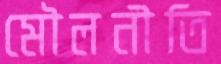
মৌলনীতি